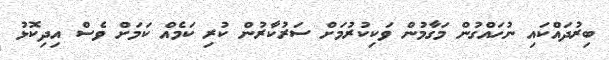
ބިރުދައްކައި ނުހައްގުން މަގާމުން ވަކިކުރުމަށް ސަރުކާރުން ކުރި ކަމެއް ކަމަށް ވެސް އިދިކޮޅު